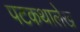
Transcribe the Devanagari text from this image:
पटकथालेख